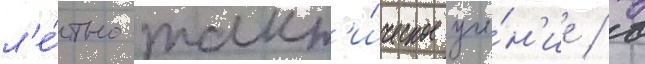
л'е́тно-такт'и́ческое уче́н'ие / в